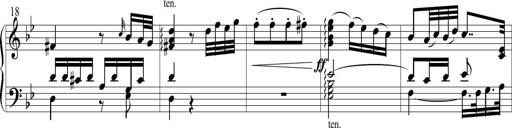
Title: 6 Leichte Sonatinen, Teil 1
Composer: F. Sigismund Sander